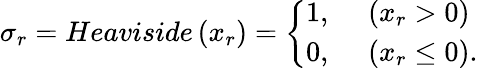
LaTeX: \sigma_{r}=Heaviside\left(x_{r}\right)=\left\{ \begin{array}{ll}{1,}&{\ \left(x_{r}>0\right)}\\ {0,}&{\ \left(x_{r}\leq 0\right).}\end{array}\right.